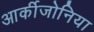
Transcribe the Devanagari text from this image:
आर्कीजोनिया